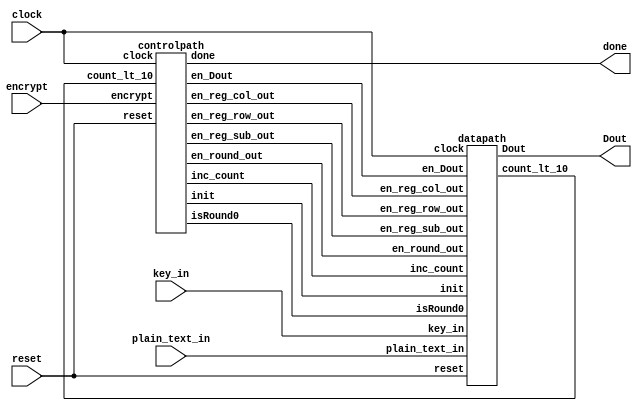
`timescale 1ns / 1ps
module AES_TOP(output done, output [127:0] Dout, input [127:0] plain_text_in, key_in, input encrypt, clock, reset);
	wire init, isRound0, en_round_out, inc_count, en_reg_sub_out, en_reg_row_out, en_reg_col_out, en_Dout, count_lt_10;
	
	controlpath cp(done, init, isRound0, en_round_out, inc_count, en_reg_sub_out,
	en_reg_row_out, en_reg_col_out, en_Dout, count_lt_10, encrypt, clock, reset);
	
	datapath dp(Dout, count_lt_10, key_in, plain_text_in, init, isRound0, en_round_out, inc_count,
	en_reg_sub_out, en_reg_row_out, en_reg_col_out, en_Dout, reset, clock);
	
endmodule




module datapath(
	output [127:0] Dout, output count_lt_10,
	input [127:0] key_in, plain_text_in, 
	input init, isRound0, en_round_out, inc_count, en_reg_sub_out, en_reg_row_out, en_reg_col_out, en_Dout, reset, clock
);
	wire [127:0] round_in, sub_out, row_out, col_out, mux_out, Din;
	wire [127:0] plain_text, key, round_out, reg_sub_out, reg_row_out, reg_col_out;
	wire [127:0] key_r_out;
	wire [127:0] key_r[0:10];
	wire [3:0] count;
	
	Register Reg_key(key, key_in, init, clock, reset);
	Register Reg_plain_text(plain_text, plain_text_in, init, clock, reset);
	Register Reg_round_out(round_out, round_in, en_round_out, clock, reset);
	Register Reg_sub_out(reg_sub_out, sub_out, en_reg_sub_out, clock, reset);
	Register Reg_row_out(reg_row_out, row_out, en_reg_row_out, clock, reset);
	Register Reg_col_out(reg_col_out, col_out, en_reg_col_out, clock, reset);
	Register Reg_Dout(Dout, Din, en_Dout, clock, reset);
	
	Counter up(count, 4'd0, 1'b0, inc_count, 1'b0, clock, reset);
	assign count_lt_10 = count < 10;
	
	Key_expansion ke(key_r[0], key_r[1], key_r[2], key_r[3], key_r[4], key_r[5], key_r[6], key_r[7], key_r[8], key_r[9], key_r[10], key);
	Sub_Bytes sb0(sub_out, round_out);
	shift_rows sr0(row_out, reg_sub_out);
	mix_cols mc(col_out, reg_row_out);
	assign key_r_out = key_r[count];
	assign round_in = ((isRound0) ? plain_text : reg_col_out) ^ key_r_out;
	assign Din = reg_row_out ^ key_r_out;
endmodule




module controlpath(
	output reg done, init, isRound0, en_round_out, inc_count, en_reg_sub_out, en_reg_row_out, en_reg_col_out, en_Dout, 
	input count_lt_10, encrypt, clock, reset
);
	parameter S0 = 3'd0, S1 = 3'd1, S2 = 3'd2, S3 = 3'd3, S4 = 3'd4, S5 = 3'd5, S6 = 3'd6;
	reg [2:0] current, next;
	
	always @(posedge clock, posedge reset)
	begin
		if (reset)
			current <= S0;
		else
			current <= next;
	end
	always @(*) begin
		done = 0;
		init = 0;
		en_round_out = 0;
		inc_count = 0;
		en_reg_sub_out = 0;
		en_reg_row_out = 0;
		en_reg_col_out = 0;
		en_Dout = 0;
		isRound0 = 0;
		case (current)
			S0: begin
				if (encrypt)
				begin
					init = 1;
					next = S1;
				end
			end
			S1: begin
				isRound0 = 1;
				en_round_out = 1;
				inc_count = 1;
				next = S2;
			end
			S2: begin 
				en_reg_sub_out = 1;
				next = S3;
			end
			S3: begin
				en_reg_row_out = 1;
				if (count_lt_10)
				begin
					next = S4;
				end
				else
				begin
					next = S5;
				end
			end
			S4: begin
				en_reg_col_out = 1;
				next = S5;
			end
			S5: begin
				if (count_lt_10)
				begin
					en_round_out = 1;
					inc_count = 1;
					next = S2;
				end
				else begin
					en_Dout = 1;
			      next = S6;
				end
			end
			S6: begin
				done = 1;
			   if (encrypt)
			   begin
			      init = 1;
				   next = S1;
			   end
			end
		endcase
	end
endmodule



module Sub_Bytes(output[127:0] D_out,input [127:0]D_in);

	wire[127:0] S_out;
		S_BOX S1(S_out[7:0],D_in[7:0]);
		S_BOX S2(S_out[15:8],D_in[15:8]);
		S_BOX S3(S_out[23:16],D_in[23:16]);
		S_BOX S4(S_out[31:24],D_in[31:24]);
		S_BOX S5(S_out[39:32],D_in[39:32]);
		S_BOX S6(S_out[47:40],D_in[47:40]);
		S_BOX S7(S_out[55:48],D_in[55:48]);
		S_BOX S8(S_out[63:56],D_in[63:56]);
		S_BOX S9(S_out[71:64],D_in[71:64]);
		S_BOX S10(S_out[79:72],D_in[79:72]);
		S_BOX S11(S_out[87:80],D_in[87:80]);
		S_BOX S12(S_out[95:88],D_in[95:88]);
		S_BOX S13(S_out[103:96],D_in[103:96]);
		S_BOX S14(S_out[111:104],D_in[111:104]);
		S_BOX S15(S_out[119:112],D_in[119:112]);
		S_BOX S16(S_out[127:120],D_in[127:120]);
	assign D_out=S_out;
	
endmodule



module S_BOX(output reg [7:0] D_out, input [7:0]D_in);
always@(D_in)
	 begin
	 case (D_in) 
			8'h00: D_out = 8'h63;
			8'h01: D_out = 8'h7C;
			8'h02: D_out = 8'h77;
			8'h03: D_out = 8'h7B;
			8'h04: D_out = 8'hF2;
			8'h05: D_out = 8'h6B;
			8'h06: D_out = 8'h6F;
			8'h07: D_out = 8'hC5;
			8'h08: D_out = 8'h30;
			8'h09: D_out = 8'h01;
			8'h0A: D_out = 8'h67;
			8'h0B: D_out = 8'h2B;
			8'h0C: D_out = 8'hFE;
			8'h0D: D_out = 8'hD7;
			8'h0E: D_out = 8'hAB;
			8'h0F: D_out = 8'h76;
			8'h10: D_out = 8'hCA;
			8'h11: D_out = 8'h82;
			8'h12: D_out = 8'hC9;
			8'h13: D_out = 8'h7D;
			8'h14: D_out = 8'hFA;
			8'h15: D_out = 8'h59;
			8'h16: D_out = 8'h47;
			8'h17: D_out = 8'hF0;
			8'h18: D_out = 8'hAD;
			8'h19: D_out = 8'hD4;
			8'h1A: D_out = 8'hA2;
			8'h1B: D_out = 8'hAF;
			8'h1C: D_out = 8'h9C;
			8'h1D: D_out = 8'hA4;
			8'h1E: D_out = 8'h72;
			8'h1F: D_out = 8'hC0;
			8'h20: D_out = 8'hB7;
			8'h21: D_out = 8'hFD;
			8'h22: D_out = 8'h93;
			8'h23: D_out = 8'h26;
			8'h24: D_out = 8'h36;
			8'h25: D_out = 8'h3F;
			8'h26: D_out = 8'hF7;
			8'h27: D_out = 8'hCC;
			8'h28: D_out = 8'h34;
			8'h29: D_out = 8'hA5;
			8'h2A: D_out = 8'hE5;
			8'h2B: D_out = 8'hF1;
			8'h2C: D_out = 8'h71;
			8'h2D: D_out = 8'hD8;
			8'h2E: D_out = 8'h31;
			8'h2F: D_out = 8'h15;
			8'h30: D_out = 8'h04;
			8'h31: D_out = 8'hC7;
			8'h32: D_out = 8'h23;
			8'h33: D_out = 8'hC3;
			8'h34: D_out = 8'h18;
			8'h35: D_out = 8'h96;
			8'h36: D_out = 8'h05;
			8'h37: D_out = 8'h9A;
			8'h38: D_out = 8'h07;
			8'h39: D_out = 8'h12;
			8'h3A: D_out = 8'h80;
			8'h3B: D_out = 8'hE2;
			8'h3C: D_out = 8'hEB;
			8'h3D: D_out = 8'h27;
			8'h3E: D_out = 8'hB2;
			8'h3F: D_out = 8'h75;
			8'h40: D_out = 8'h09;
			8'h41: D_out = 8'h83;
			8'h42: D_out = 8'h2C;
			8'h43: D_out = 8'h1A;
			8'h44: D_out = 8'h1B;
			8'h45: D_out = 8'h6E;
			8'h46: D_out = 8'h5A;
			8'h47: D_out = 8'hA0;
			8'h48: D_out = 8'h52;
			8'h49: D_out = 8'h3B;
			8'h4A: D_out = 8'hD6;
			8'h4B: D_out = 8'hB3;
			8'h4C: D_out = 8'h29;
			8'h4D: D_out = 8'hE3;
			8'h4E: D_out = 8'h2F;
			8'h4F: D_out = 8'h84;
			8'h50: D_out = 8'h53;
			8'h51: D_out = 8'hD1;
			8'h52: D_out = 8'h00;
			8'h53: D_out = 8'hED;
			8'h54: D_out = 8'h20;
			8'h55: D_out = 8'hFC;
			8'h56: D_out = 8'hB1;
			8'h57: D_out = 8'h5B;
			8'h58: D_out = 8'h6A;
			8'h59: D_out = 8'hCB;
			8'h5A: D_out = 8'hBE;
			8'h5B: D_out = 8'h39;
			8'h5C: D_out = 8'h4A;
			8'h5D: D_out = 8'h4C;
			8'h5E: D_out = 8'h58;
			8'h5F: D_out = 8'hCF;
			8'h60: D_out = 8'hD0;
			8'h61: D_out = 8'hEF;
			8'h62: D_out = 8'hAA;
			8'h63: D_out = 8'hFB;
			8'h64: D_out = 8'h43;
			8'h65: D_out = 8'h4D;
			8'h66: D_out = 8'h33;
			8'h67: D_out = 8'h85;
			8'h68: D_out = 8'h45;
			8'h69: D_out = 8'hF9;
			8'h6A: D_out = 8'h02;
			8'h6B: D_out = 8'h7F;
			8'h6C: D_out = 8'h50;
			8'h6D: D_out = 8'h3C;
			8'h6E: D_out = 8'h9F;
			8'h6F: D_out = 8'hA8;
			8'h70: D_out = 8'h51;
			8'h71: D_out = 8'hA3;
			8'h72: D_out = 8'h40;
			8'h73: D_out = 8'h8F;
			8'h74: D_out = 8'h92;
			8'h75: D_out = 8'h9D;
			8'h76: D_out = 8'h38;
			8'h77: D_out = 8'hF5;
			8'h78: D_out = 8'hBC;
			8'h79: D_out = 8'hB6;
			8'h7A: D_out = 8'hDA;
			8'h7B: D_out = 8'h21;
			8'h7C: D_out = 8'h10;
			8'h7D: D_out = 8'hFF;
			8'h7E: D_out = 8'hF3;
			8'h7F: D_out = 8'hD2;
			8'h80: D_out = 8'hCD;
			8'h81: D_out = 8'h0C;
			8'h82: D_out = 8'h13;
			8'h83: D_out = 8'hEC;
			8'h84: D_out = 8'h5F;
			8'h85: D_out = 8'h97;
			8'h86: D_out = 8'h44;
			8'h87: D_out = 8'h17;
			8'h88: D_out = 8'hC4;
			8'h89: D_out = 8'hA7;
			8'h8A: D_out = 8'h7E;
			8'h8B: D_out = 8'h3D;
			8'h8C: D_out = 8'h64;
			8'h8D: D_out = 8'h5D;
			8'h8E: D_out = 8'h19;
			8'h8F: D_out = 8'h73;
			8'h90: D_out = 8'h60;
			8'h91: D_out = 8'h81;
			8'h92: D_out = 8'h4F;
			8'h93: D_out = 8'hDC;
			8'h94: D_out = 8'h22;
			8'h95: D_out = 8'h2A;
			8'h96: D_out = 8'h90;
			8'h97: D_out = 8'h88;
			8'h98: D_out = 8'h46;
			8'h99: D_out = 8'hEE;
			8'h9A: D_out = 8'hB8;
			8'h9B: D_out = 8'h14;
			8'h9C: D_out = 8'hDE;
			8'h9D: D_out = 8'h5E;
			8'h9E: D_out = 8'h0B;
			8'h9F: D_out = 8'hDB;
			8'hA0: D_out = 8'hE0;
			8'hA1: D_out = 8'h32;
			8'hA2: D_out = 8'h3A;
			8'hA3: D_out = 8'h0A;
			8'hA4: D_out = 8'h49;
			8'hA5: D_out = 8'h06;
			8'hA6: D_out = 8'h24;
			8'hA7: D_out = 8'h5C;
			8'hA8: D_out = 8'hC2;
			8'hA9: D_out = 8'hD3;
			8'hAA: D_out = 8'hAC;
			8'hAB: D_out = 8'h62;
			8'hAC: D_out = 8'h91;
			8'hAD: D_out = 8'h95;
			8'hAE: D_out = 8'hE4;
			8'hAF: D_out = 8'h79;
			8'hB0: D_out = 8'hE7;
			8'hB1: D_out = 8'hC8;
			8'hB2: D_out = 8'h37;
			8'hB3: D_out = 8'h6D;
			8'hB4: D_out = 8'h8D;
			8'hB5: D_out = 8'hD5;
			8'hB6: D_out = 8'h4E;
			8'hB7: D_out = 8'hA9;
			8'hB8: D_out = 8'h6C;
			8'hB9: D_out = 8'h56;
			8'hBA: D_out = 8'hF4;
			8'hBB: D_out = 8'hEA;
			8'hBC: D_out = 8'h65;
			8'hBD: D_out = 8'h7A;
			8'hBE: D_out = 8'hAE;
			8'hBF: D_out = 8'h08;
			8'hC0: D_out = 8'hBA;
			8'hC1: D_out = 8'h78;
			8'hC2: D_out = 8'h25;
			8'hC3: D_out = 8'h2E;
			8'hC4: D_out = 8'h1C;
			8'hC5: D_out = 8'hA6;
			8'hC6: D_out = 8'hB4;
			8'hC7: D_out = 8'hC6;
			8'hC8: D_out = 8'hE8;
			8'hC9: D_out = 8'hDD;
			8'hCA: D_out = 8'h74;
			8'hCB: D_out = 8'h1F;
			8'hCC: D_out = 8'h4B;
			8'hCD: D_out = 8'hBD;
			8'hCE: D_out = 8'h8B;
			8'hCF: D_out = 8'h8A;
			8'hD0: D_out = 8'h70;
			8'hD1: D_out = 8'h3E;
			8'hD2: D_out = 8'hB5;
			8'hD3: D_out = 8'h66;
			8'hD4: D_out = 8'h48;
			8'hD5: D_out = 8'h03;
			8'hD6: D_out = 8'hF6;
			8'hD7: D_out = 8'h0E;
			8'hD8: D_out = 8'h61;
			8'hD9: D_out = 8'h35;
			8'hDA: D_out = 8'h57;
			8'hDB: D_out = 8'hB9;
			8'hDC: D_out = 8'h86;
			8'hDD: D_out = 8'hC1;
			8'hDE: D_out = 8'h1D;
			8'hDF: D_out = 8'h9E;
			8'hE0: D_out = 8'hE1;
			8'hE1: D_out = 8'hF8;
			8'hE2: D_out = 8'h98;
			8'hE3: D_out = 8'h11;
			8'hE4: D_out = 8'h69;
			8'hE5: D_out = 8'hD9;
			8'hE6: D_out = 8'h8E;
			8'hE7: D_out = 8'h94;
			8'hE8: D_out = 8'h9B;
			8'hE9: D_out = 8'h1E;
			8'hEA: D_out = 8'h87;
			8'hEB: D_out = 8'hE9;
			8'hEC: D_out = 8'hCE;
			8'hED: D_out = 8'h55;
			8'hEE: D_out = 8'h28;
			8'hEF: D_out = 8'hDF;
			8'hF0: D_out = 8'h8C;
			8'hF1: D_out = 8'hA1;
			8'hF2: D_out = 8'h89;
			8'hF3: D_out = 8'h0D;
			8'hF4: D_out = 8'hBF;
			8'hF5: D_out = 8'hE6;
			8'hF6: D_out = 8'h42;
			8'hF7: D_out = 8'h68;
			8'hF8: D_out = 8'h41;
			8'hF9: D_out = 8'h99;
			8'hFA: D_out = 8'h2D;
			8'hFB: D_out = 8'h0F;
			8'hFC: D_out = 8'hB0;
			8'hFD: D_out = 8'h54;
			8'hFE: D_out = 8'hBB;
			8'hFF: D_out = 8'h16;
			default:
					D_out = 8'h16;

		endcase
	end
endmodule


module shift_rows(output reg [127:0] data_out, input [127:0] data_in);
always @(*)
begin
	      data_out[127:120] = data_in[127:120];
	      data_out[119:112] = data_in[87:80];
	      data_out[111:104] = data_in[47:40];
	      data_out[103:96] =  data_in[7:0];
	 
	      data_out[95:88] = data_in[95:88];
	      data_out[87:80] = data_in[55:48];
	      data_out[79:72] = data_in[15:8];
	      data_out[71:64] = data_in[103:96];
	 
	      data_out[63:56] = data_in[63:56];
	      data_out[55:48] = data_in[23:16];
	      data_out[47:40] = data_in[111:104];
	      data_out[39:32] = data_in[71:64];
			
	      data_out[31:24] = data_in[31:24];
	      data_out[23:16] = data_in[119:112];
	      data_out[15:8] =  data_in[79:72];
	      data_out[7:0] = data_in[39:32];
end
endmodule


module Key_expansion(output [127:0] key_r0,key_r1,key_r2,key_r3,key_r4,key_r5,key_r6,key_r7,key_r8,key_r9,key_r10,input [127:0]key);

		wire [31:0] w0,w1,w2,w3,w4,w5,w6,w7,w8,w9,w10,w11,w12,w13,w14,w15,w16,w17,w18,w19,w20,w21,w22,w23,w24,w25,w26,w27,w28,w29,w30,w31,w32,w33,w34,w35,w36,w37,w38,w39,w40,w41,w42,w43;

		wire [31:0] out_g1,out_g2,out_g3,out_g4,out_g5,out_g6,out_g7,out_g8,out_g9,out_g10;
		
		
		assign 	w0=key[127:96];
		assign	w1=key[95:64];
		assign	w2=key[63:32];
		assign	w3=key[31:0];
		
		function_g G1(w3,4'd1,out_g1);
		
		assign	w4=w0^out_g1;
		assign	w5=w1^w0^out_g1;
		assign	w6=w2^w0^out_g1^w1;
		assign   w7=w3^w0^out_g1^w1^w2;
		
		function_g G2(w7,4'd2,out_g2);
		
		assign	w8=w4^out_g2;
		assign	w9=w4^w5^out_g2;
		assign	w10=w4^w5^w6^out_g2;
		assign	w11=w4^w5^w6^w7^out_g2;
		
		function_g G3(w11,4'd3,out_g3);
		
		assign	w12=w8^out_g3;
		assign	w13=w8^w9^out_g3;
		assign	w14=w8^w9^w10^out_g3;
		assign	w15=w8^w9^w10^w11^out_g3;
		
		function_g G4(w15,4'd4,out_g4);
		
		assign	w16=w12^out_g4;
		assign	w17=w12^w13^out_g4;
		assign	w18=w12^w13^w14^out_g4;
		assign	w19=w12^w13^w14^w15^out_g4;
		
		function_g G5(w19,4'd5,out_g5);
		
		assign	w20=w16^out_g5;
		assign	w21=w16^w17^out_g5;
		assign	w22=w16^w17^w18^out_g5;
		assign	w23=w16^w17^w18^w19^out_g5;
		
		function_g G6(w23,4'd6,out_g6);
		
		assign	w24=w20^out_g6;
		assign	w25=w20^w21^out_g6;
		assign	w26=w20^w21^w22^out_g6;
		assign	w27=w20^w21^w22^w23^out_g6;
		
		function_g G7(w27,4'd7,out_g7);
		
		assign	w28=w24^out_g7;
		assign	w29=w24^w25^out_g7;
		assign	w30=w24^w25^w26^out_g7;
		assign	w31=w24^w25^w26^w27^out_g7;
		
		function_g G8(w31,4'd8,out_g8);
		
		assign	w32=w28^out_g8;
		assign	w33=w28^w29^out_g8;
		assign	w34=w28^w29^w30^out_g8;
		assign	w35=w28^w29^w30^w31^out_g8;
		
		function_g G9(w35,4'd9,out_g9);
		
	assign	w36=w32^out_g9;
	assign	w37=w32^w33^out_g9;
	assign	w38=w32^w33^w34^out_g9;
	assign	w39=w32^w33^w34^w35^out_g9;
		
		function_g G10(w39,4'd10,out_g10);
		
	assign	w40=w36^out_g10;
	assign	w41=w36^w37^out_g10;
	assign	w42=w36^w37^w38^out_g10;
	assign	w43=w36^w37^w38^w39^out_g10;
		
		
		assign key_r0={w0,w1,w2,w3};
		assign key_r1={w4,w5,w6,w7};
		assign key_r2={w8,w9,w10,w11};
		assign key_r3={w12,w13,w14,w15};
		assign key_r4={w16,w17,w18,w19};
		assign key_r5={w20,w21,w22,w23};
		assign key_r6={w24,w25,w26,w27};		
		assign key_r7={w28,w29,w30,w31};
		assign key_r8={w32,w33,w34,w35};
		assign key_r9={w36,w37,w38,w39};
		assign key_r10={w40,w41,w42,w43};


endmodule



module function_g(input [31:0] w,input [3:0] i,output [31:0] D_out);
	
	wire [31:0] shift_w ;
	wire [7:0] S_wire;
	reg [7:0] RC;

	assign shift_w[31:24] = w[23:16];//w0
	assign shift_w[23:16] = w[15:8];//w1
	assign shift_w[15:8] = w[7:0];//w2
	assign shift_w[7:0] = w[31:24];//w3
	
	S_BOX S3( D_out[7:0], shift_w[7:0]);
	S_BOX S2( D_out[15:8], shift_w[15:8]);
	S_BOX S1( D_out[23:16], shift_w[23:16]);
	S_BOX S0( S_wire, shift_w[31:24]);
	
	always@(*)
		begin
		case (i)
		 4'd01: RC = 8'h01;
		 4'd02: RC = 8'h02;
		 4'd03: RC = 8'h04;
		 4'd04: RC = 8'h08;
		 4'd05: RC = 8'h10;
		 4'd06: RC = 8'h20;
		 4'd07: RC = 8'h40;
		 4'd08: RC = 8'h80;
		 4'd09: RC = 8'h1B;
		 4'd10: RC = 8'h36;
		 default:
			RC = 8'h01;
			endcase
			end
		
		assign D_out[31:24]=S_wire^RC;
		
endmodule




module mix_cols(output [127:0] Dout, input [127:0] Din);
wire [7:0] b0, b1, b2, b3, b4, b5, b6, b7, b8, b9, b10, b11, b12, b13, b14, b15;
reg [7:0] C0, C1, C2, C3, C4, C5, C6, C7, C8, C9, C10, C11, C12, C13, C14, C15;

	assign b0 = Din[7:0];
	assign b1 = Din[15:8];
	assign b2 = Din[23:16];
	assign b3 = Din[31:24];
	assign b4 = Din[39:32];
	assign b5 = Din[47:40];
	assign b6 = Din[55:48];
	assign b7 = Din[63:56];
	assign b8 = Din[71:64];
	assign b9 = Din[79:72];
	assign b10 = Din[87:80];
	assign b11 = Din[95:88];
	assign b12 = Din[103:96];
	assign b13 = Din[111:104];
	assign b14 = Din[119:112];
	assign b15 = Din[127:120];
	
	assign Dout[7:0] = C0;
	assign Dout[15:8] = C1;
	assign Dout[23:16] = C2;
	assign Dout[31:24] = C3;
	assign Dout[39:32] = C4;
	assign Dout[47:40] = C5;
	assign Dout[55:48] = C6;
	assign Dout[63:56] = C7;
	assign Dout[71:64] = C8;
	assign Dout[79:72] = C9;
	assign Dout[87:80] = C10;
	assign Dout[95:88] = C11;
	assign Dout[103:96] = C12;
	assign Dout[111:104] = C13;
	assign Dout[119:112] = C14;
	assign Dout[127:120] = C15;
	
	
	always @(*) begin
		C15 = multiply(b15, 2) ^ multiply(b14, 3) ^ multiply(b13, 1) ^ multiply(b12, 1);
		C14 = multiply(b15, 1) ^ multiply(b14, 2) ^ multiply(b13, 3) ^ multiply(b12, 1);
		C13 = multiply(b15, 1) ^ multiply(b14, 1) ^ multiply(b13, 2) ^ multiply(b12, 3);
		C12 = multiply(b15, 3) ^ multiply(b14, 1) ^ multiply(b13, 1) ^ multiply(b12, 2);		

		C11 = multiply(b11, 2) ^ multiply(b10, 3) ^ multiply(b9, 1) ^ multiply(b8, 1);
		C10 = multiply(b11, 1) ^ multiply(b10, 2) ^ multiply(b9, 3) ^ multiply(b8, 1);
		C9 = multiply(b11, 1) ^ multiply(b10, 1) ^ multiply(b9, 2) ^ multiply(b8, 3);
		C8 = multiply(b11, 3) ^ multiply(b10, 1) ^ multiply(b9, 1) ^ multiply(b8, 2);

		C7 = multiply(b7, 2) ^ multiply(b6, 3) ^ multiply(b5, 1) ^ multiply(b4, 1);
		C6 = multiply(b7, 1) ^ multiply(b6, 2) ^ multiply(b5, 3) ^ multiply(b4, 1);
		C5 = multiply(b7, 1) ^ multiply(b6, 1) ^ multiply(b5, 2) ^ multiply(b4, 3);
		C4 = multiply(b7, 3) ^ multiply(b6, 1) ^ multiply(b5, 1) ^ multiply(b4, 2);

		C3 = multiply(b3, 2) ^ multiply(b2, 3) ^ multiply(b1, 1) ^ multiply(b0, 1);
		C2 = multiply(b3, 1) ^ multiply(b2, 2) ^ multiply(b1, 3) ^ multiply(b0, 1);
		C1 = multiply(b3, 1) ^ multiply(b2, 1) ^ multiply(b1, 2) ^ multiply(b0, 3);
		C0 = multiply(b3, 3) ^ multiply(b2, 1) ^ multiply(b1, 1) ^ multiply(b0, 2);
	end
	
	function integer multiply (input integer a, input integer b);
			if (b == 1)
			begin
				multiply = a;
			end
			else if (b == 2)
			begin
				multiply = (a < 8'h80) ? a << 1 : (a << 1) & 8'hFF ^ 8'h1B;
			end
			else if (b == 3)
				multiply = (a < 8'h80) ? a << 1 ^ a : ((a << 1) & 8'hFF) ^ 8'h1B ^ a;
	endfunction
endmodule




module Register (output reg [127:0] Q, input [127:0] D, input enable, clock, reset);
	always @(posedge clock, posedge reset) begin
		if (reset)
			Q <= 128'd0;
		else if (enable)
			Q <= D;
	end
endmodule

module Counter(output reg [3:0] count, input [3:0] loadValue, input load, increment, decrement, clock, reset);
	always @(posedge clock, posedge reset) begin
		if (reset)
			count <= 0;
		else if (load)
			count <= loadValue;
		else if (increment)
			count <= count + 1;
		else if (decrement)
			count <= count - 1;
	end

endmodule